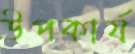
উপকার্য